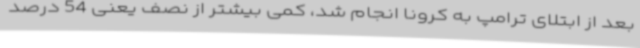
بعد از ابتلای ترامپ به کرونا انجام شد، کمی بیشتر از نصف یعنی 54 درصد